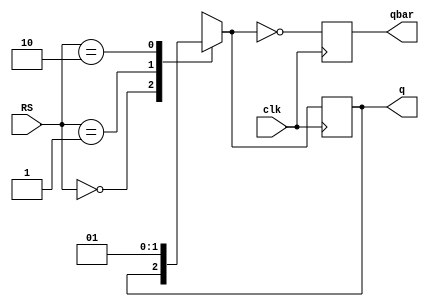
/////////////////////////////////////////////////////////////////////////////////
//                                                                             //
// Module Name:    RSFF_Behavioral                                             //
// Description:    Behavioral Model of RS Flip Flop                            //
//                                                                             //
/////////////////////////////////////////////////////////////////////////////////
`timescale 1ns / 10ps
module RSFF(RS,clk,q,qbar);
  input [1:0] RS;
  output q,qbar;
  input clk;
  reg q,qbar;
  
  always @(posedge clk) begin
    case (RS)
      2'd0: q = q;
      2'd1: q = 0;
      2'd2: q = 1;
      2'd3: q = 1'bx;
    endcase
    qbar = ~q;
  end
endmodule